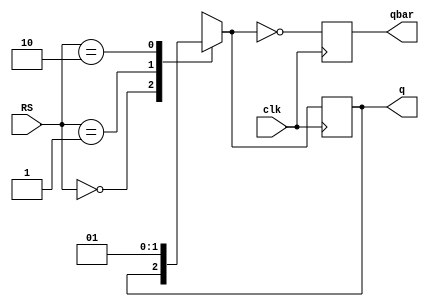
/////////////////////////////////////////////////////////////////////////////////
//                                                                             //
// Module Name:    RSFF_Behavioral                                             //
// Description:    Behavioral Model of RS Flip Flop                            //
//                                                                             //
/////////////////////////////////////////////////////////////////////////////////
`timescale 1ns / 10ps
module RSFF(RS,clk,q,qbar);
  input [1:0] RS;
  output q,qbar;
  input clk;
  reg q,qbar;
  
  always @(posedge clk) begin
    case (RS)
      2'd0: q = q;
      2'd1: q = 0;
      2'd2: q = 1;
      2'd3: q = 1'bx;
    endcase
    qbar = ~q;
  end
endmodule